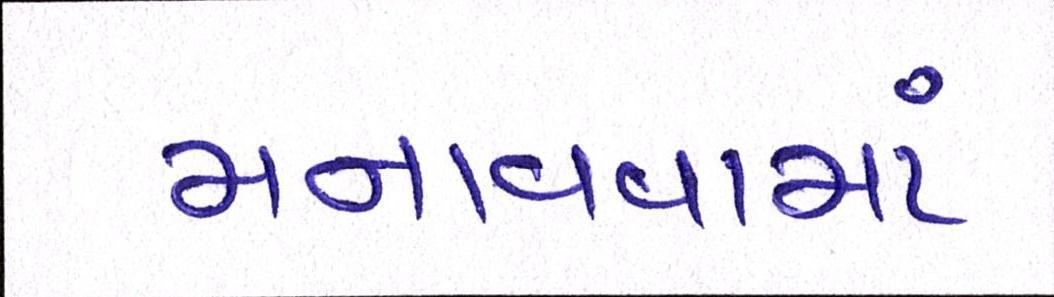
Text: મનાવવામાં